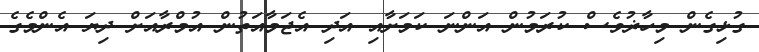
ގުޅިގެން މިހާޜުވެސް ކުރަމުން އަންނަ ކަމަށާއި އަދި އެޖަމާއަތުން އުމްރާއަށް ދިޔަ އެންމެގެ